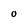
Character: O